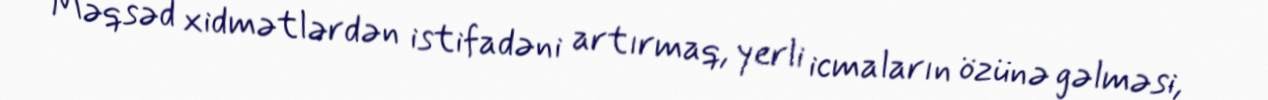
Məqsəd xidmətlərdən istifadəni artırmaq, yerli icmaların özünə gəlməsi,